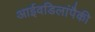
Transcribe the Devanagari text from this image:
आईवडिलांपैकी